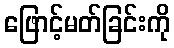
ဖြောင့်မတ်ခြင်းကို